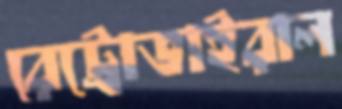
রেট্রোভাইরাল